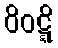
ဝိဝဋ္ဋိ